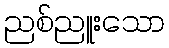
ညစ်ညူးသော